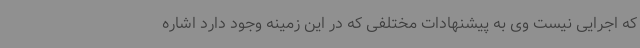
که اجرایی نیست وی به پیشنهادات مختلفی که در این زمینه وجود دارد اشاره